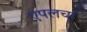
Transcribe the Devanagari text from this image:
एपलचा